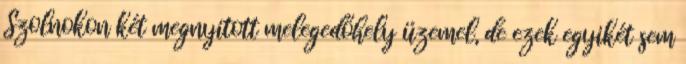
Szolnokon két megnyitott melegedőhely üzemel, de ezek egyikét sem